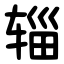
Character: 辎